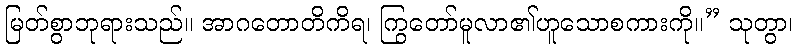
မြတ်စွာဘုရားသည်။ အာဂတောတိကိရ၊ ကြွတော်မူလာ၏ဟူသောစကားကို။” သုတွာ၊